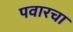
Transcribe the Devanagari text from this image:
पवारचा